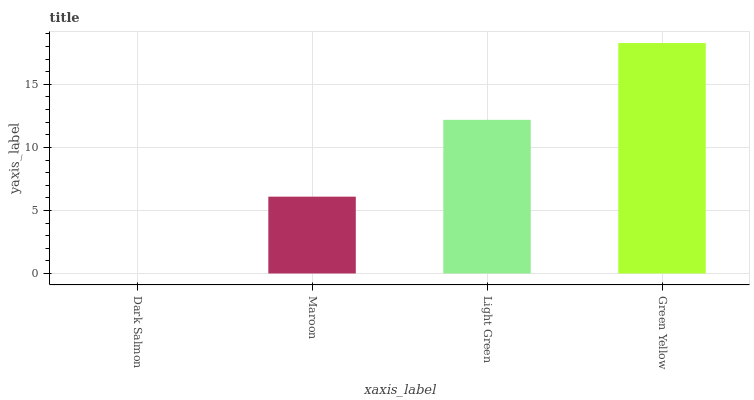
| xaxis_label | bars |
 | --- | --- |
 | Dark Salmon | 0 |
 | Maroon | 6.09 |
 | Light Green | 12.2 |
 | Green Yellow | 18.3 |